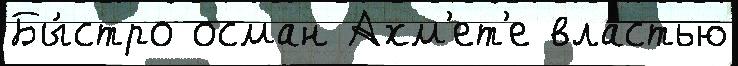
Бы́стро осман Ахм'ет'е вла́стью